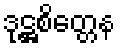
ဒုဋ္ဌစိတ္တေန